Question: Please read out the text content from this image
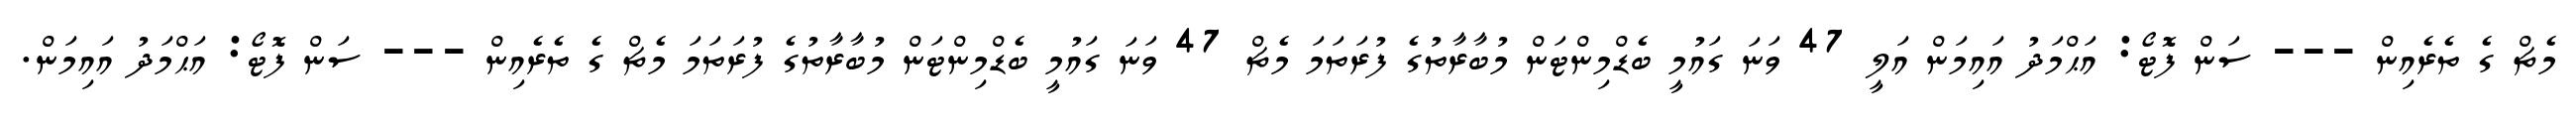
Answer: މެޗް ގެ ތެރެއިން --- ސަން ފޮޓޯ: އަޙްމަދު އައިމަން އަލީ 47 ވަނަ ގައުމީ ބެޑްމިންޓަން މުބާރާތުގެ ފުރަތަމަ މެޗް 47 ވަނަ ގައުމީ ބެޑްމިންޓަން މުބާރާތުގެ ފުރަތަމަ މެޗް ގެ ތެރެއިން --- ސަން ފޮޓޯ: އަޙްމަދު އައިމަން.